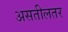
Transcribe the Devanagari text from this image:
असतीलतर